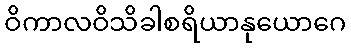
ဝိကာလဝိသိခါစရိယာနုယောဂေ